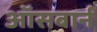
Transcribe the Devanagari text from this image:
ऑसबार्न